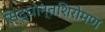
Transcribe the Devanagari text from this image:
सिद्धान्तशिरोमण